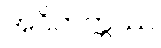
အဝိတက္ကဿ